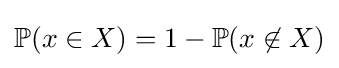
\mathbb {P} (x\in X)=1-\mathbb {P} (x\not \in X)